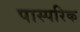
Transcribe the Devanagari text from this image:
पास्‍परिक